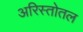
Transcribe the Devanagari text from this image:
अरिस्तोतल